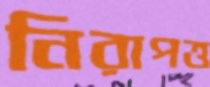
নিরাপত্ত